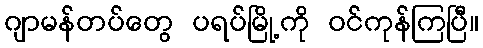
ဂျာမန်တပ်တွေ ပရပ်မြို့ကို ဝင်ကုန်ကြပြီ။